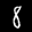
Label: 8